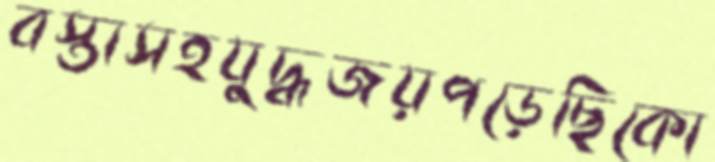
বস্তাসহযুদ্ধজয়পড়েছিকো